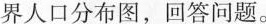
界人口分布图，回答问题。